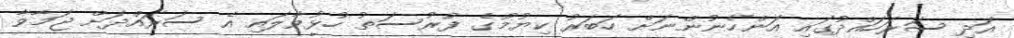
އަދި ސަރަހައްދުގައި އަންހެނުންނަށް ހަބަރު ކިޔުމުގެ ފުރުސަތު ހުޅުވާލައި އެ ސަރައްދަށް ޖަމާވާ